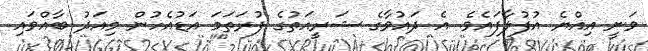
ވަނީ އިއްޔެ އުފުލާފައެވެ. އެ ދައުވާގެ ޝަރީއަތުގެ ފުރަތަމަ އަޑުއެހުން މިއަދު ބާއްވައި